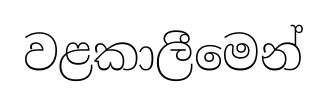
වළකාලීමෙන්